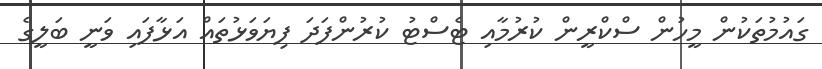
ގައުމުތަކުން މީހުން ސްކްރީން ކުރުމާއި ޓެސްޓު ކުރުންފަދަ ފިޔަވަޅުތައް އަޅާފައި ވަނީ ބަލީގެ